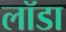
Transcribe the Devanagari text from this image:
लॉडा